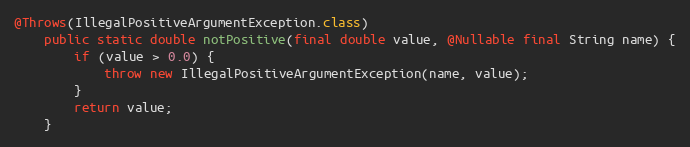
Language: Java
@Throws(IllegalPositiveArgumentException.class)
	public static double notPositive(final double value, @Nullable final String name) {
		if (value > 0.0) {
			throw new IllegalPositiveArgumentException(name, value);
		}
		return value;
	}